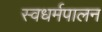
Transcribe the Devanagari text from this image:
स्वधर्मपालन